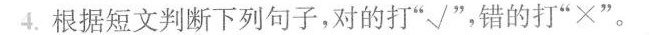
4.根据短文判断下列句子，对的打”√”，错的打”×”。